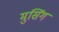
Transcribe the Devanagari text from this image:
मुसिंग